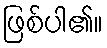
ဖြစ်ပါ၏။